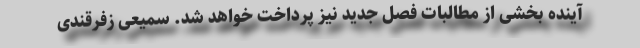
آینده بخشی از مطالبات فصل جدید نیز پرداخت خواهد شد. سمیعی زفرقندی